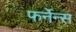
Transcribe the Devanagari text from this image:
फर्नेन्स